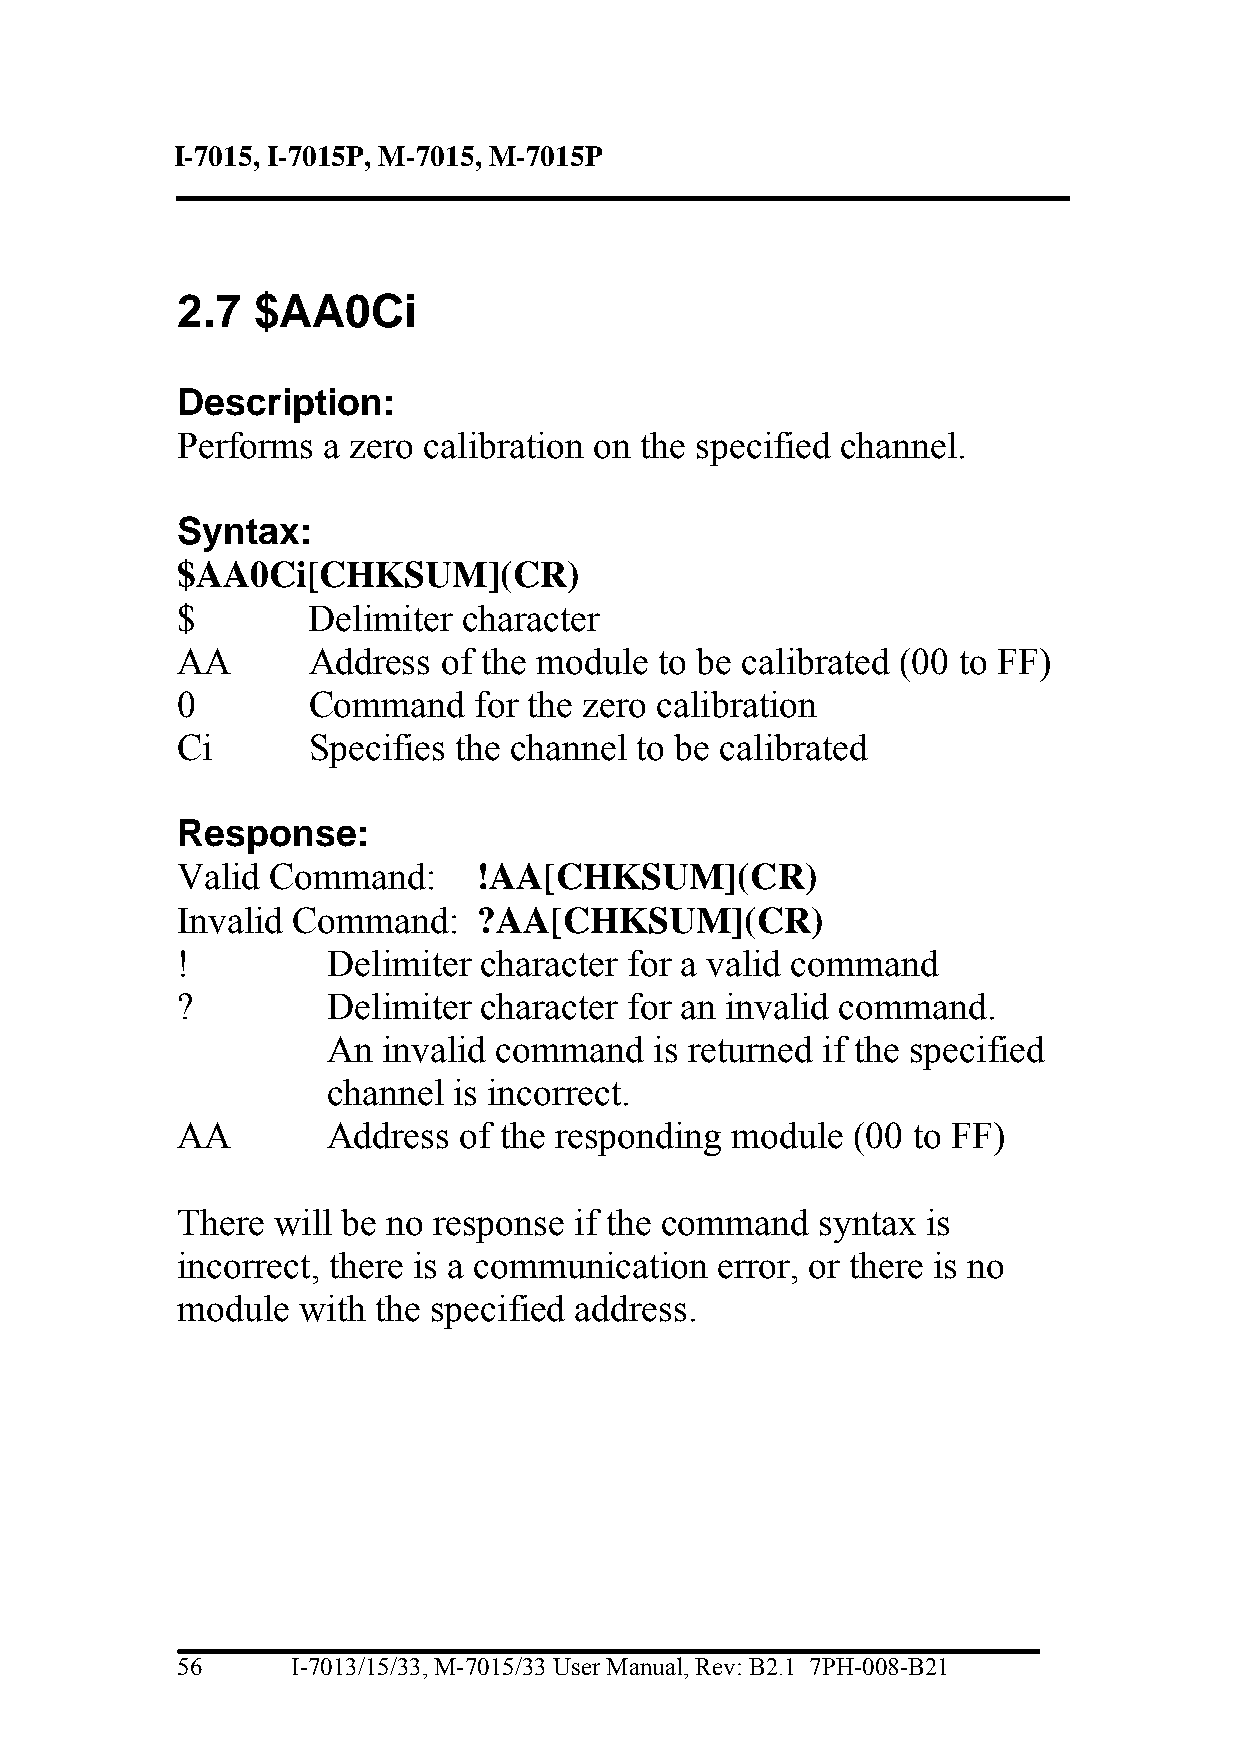
I-7015, I-7015P, M-7015, M-7015P
 2.7  $AA0Ci
 Description:
 Performs a zero calibration on the specified channel.
 Syntax:
 $AA0Ci[CHKSUM](CR)
 $       Delimiter  character
 AA      Address  of the module  to be calibrated (00 to FF)
 0       Command    for the zero calibration
 Ci      Specifies the channel to be calibrated
 Response:
 Valid Command:      !AA[CHKSUM](CR)
 Invalid Command:    ?AA[CHKSUM](CR)
 !         Delimiter character for a valid command
 ?         Delimiter character for an invalid command.
 An invalid command   is returned if the specified
 channel is incorrect.
 AA        Address of the responding module  (00 to FF)
 There will be no response if the command  syntax is
 incorrect, there is a communication error, or there is no
 module  with the specified address.
 56     I-7013/15/33, M-7015/33 User Manual, Rev: B2.1 7PH-008-B21